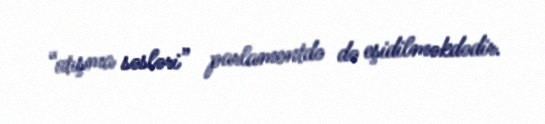
“atışma səsləri” parlamentdə də eşidilməkdədir.